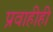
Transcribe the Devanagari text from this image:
प्रवाहीही